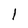
Character: l